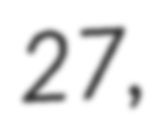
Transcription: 27,